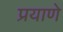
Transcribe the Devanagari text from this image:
प्रयाणे